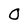
Character: 0